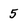
Character: 5